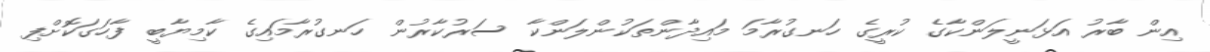
އިން ބާރު އަޅަނީލަންކާގެ ކުރީގެ ހަނގުރާމަ މައިދާންތަކުންލަންކާ ސަރުކާރުން ހަނގުރާމައިގެ ކާމިޔާބީ ފާހަގަކޮށްފި